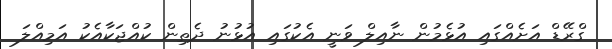
ގްރޭޑް އަށެއްގައި އުޅެމުން ނާއިލް ވަނީ އެކުގައި އުޅުނު ދެތިން ކުއްޖަކާއެކު އަމިއްލަ